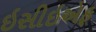
ઇસીઇએફ